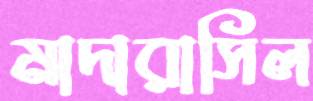
মাদারাসিল